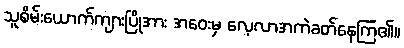
သူစိမ်းယောက်ကျားပြိုအား အဝေးမှ လေ့လာအကဲခတ်နေကြ၏။